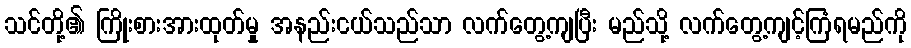
သင်တို့၏ ကြိုးစားအားထုတ်မှု အနည်းငယ်သည်သာ လက်တွေ့ကျပြီး မည်သို့ လက်တွေ့ကျင့်ကြံရမည်ကို